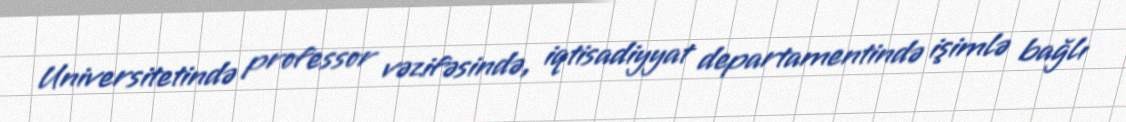
Universitetində professor vəzifəsində, iqtisadiyyat departamentində işimlə bağlı